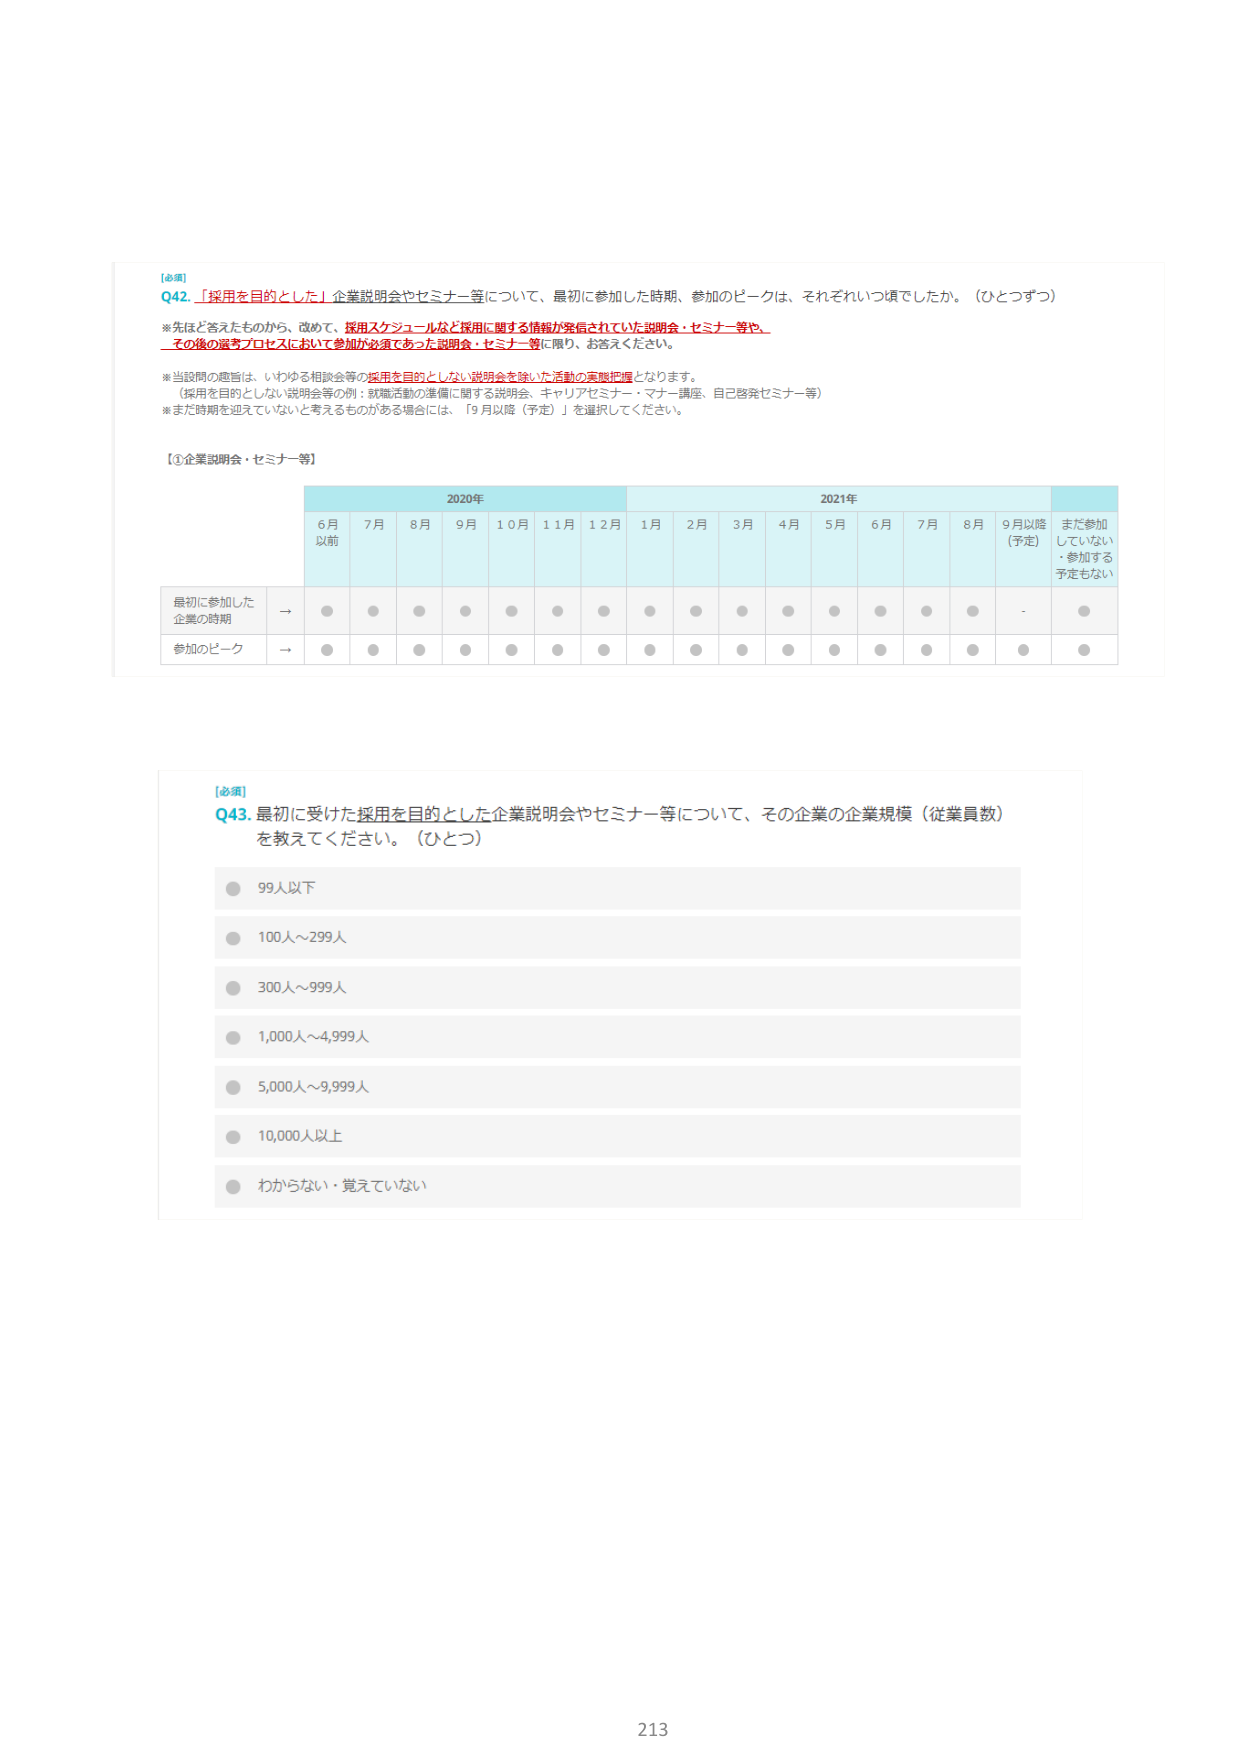
[必須]
Q42. 「採用を目的とした」企業説明会やセミナー等について、最初に参加した時期、参加のピークは、それぞれいつ頃でしたか。（ひとつずつ）
※先ほど答えたものから、改めて、採用スケジュールなど採用に関する情報が発信されていた説明会・セミナー等や、
その後の選考プロセスにおいて参加が必須であった説明会・セミナー等に限り、お答えください。
※当設問の趣旨は、いわゆる相談会等の採用を目的としない説明会を除いた活動の実態把握となります。
（採用を目的としない説明会等の例：就職活動の準備に関する説明会、キャリアセミナー・マナー講座、自己啓発セミナー等）
※まだ時期を迎えていないと考えるものがある場合には、「9月以降（予定）」を選択してください。

【①企業説明会・セミナー等】
2020年 2021年
6月以前 7月 8月 9月 10月 11月 12月 1月 2月 3月 4月 5月 6月 7月 8月 9月以降（予定） まだ参加していない・参加する予定もない
最初に参加した企業の時期 → ● ● ● ● ● ● ● ● ● ● ● ● ● ● - ●
参加のピーク → ● ● ● ● ● ● ● ● ● ● ● ● ● ● ● ●

[必須]
Q43. 最初に受けた採用を目的とした企業説明会やセミナー等について、その企業の企業規模（従業員数）を教えてください。（ひとつ）
● 99人以下
● 100人～299人
● 300人～999人
● 1,000人～4,999人
● 5,000人～9,999人
● 10,000人以上
● わからない・覚えていない

213